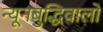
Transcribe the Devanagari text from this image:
न्यूनबुद्धिवालों